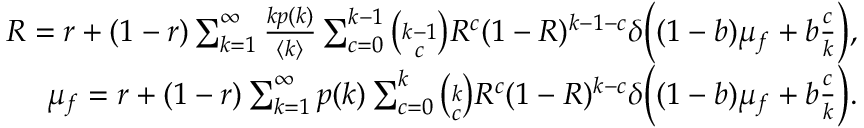
\begin{array} { r } { R = r + ( 1 - r ) \sum _ { k = 1 } ^ { \infty } \frac { k p ( k ) } { \langle k \rangle } \sum _ { c = 0 } ^ { k - 1 } \binom { k - 1 } { c } R ^ { c } ( 1 - R ) ^ { k - 1 - c } \delta \Big ( ( 1 - b ) \mu _ { f } + b \frac { c } { k } \Big ) , } \\ { \mu _ { f } = r + ( 1 - r ) \sum _ { k = 1 } ^ { \infty } p ( k ) \sum _ { c = 0 } ^ { k } \binom { k } { c } R ^ { c } ( 1 - R ) ^ { k - c } \delta \Big ( ( 1 - b ) \mu _ { f } + b \frac { c } { k } \Big ) . } \end{array}